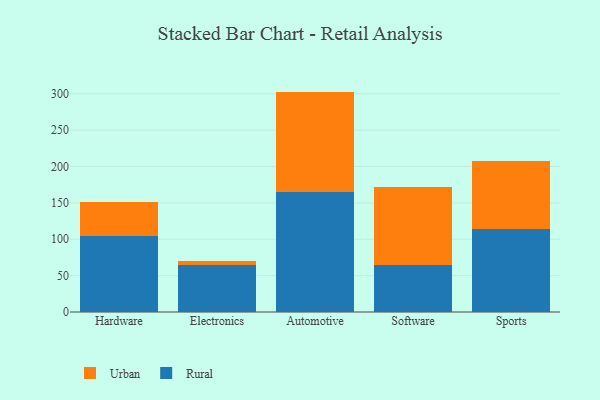
{"axis": {"x": "Category", "y": "Production Output"}, "legend": ["Rural", "Urban"], "data": [{"x": "Hardware", "y": 104.7, "type": "Rural"}, {"x": "Hardware", "y": 46.1, "type": "Urban"}, {"x": "Electronics", "y": 65.0, "type": "Rural"}, {"x": "Electronics", "y": 5.3, "type": "Urban"}, {"x": "Automotive", "y": 165.0, "type": "Rural"}, {"x": "Automotive", "y": 138.0, "type": "Urban"}, {"x": "Software", "y": 65.2, "type": "Rural"}, {"x": "Software", "y": 107.3, "type": "Urban"}, {"x": "Sports", "y": 113.5, "type": "Rural"}, {"x": "Sports", "y": 94.2, "type": "Urban"}]}